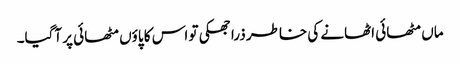
ماں مٹھائی اٹھانے کی خاطر ذرا جھکی تو اس کا پاؤں مٹھائی پر آگیا۔